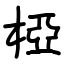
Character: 椏